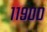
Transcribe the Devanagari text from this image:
११९००